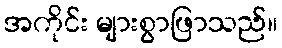
အကိုင်း များစွာဖြာသည်။